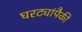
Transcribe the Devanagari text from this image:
घरट्यांपैकी